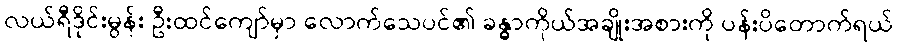
လယ်ရီဒိုင်းမွန်း ဦးထင်ကျော်မှာ လောက်သေပင်၏ ခန္ဓာကိုယ်အချိုးအစားကို ပန်းပိတောက်ရယ်